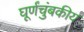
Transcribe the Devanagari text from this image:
घूर्णंचुंबकीय